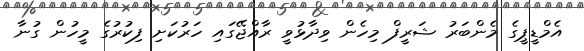
އެމްޑީޕީގެ މެންބަރު ޝަރީފް މިހެން ވިދާޅުވީ ރާއްޖޭގައި ހަރުކަށި ފިކުރުގެ މީހުން ގުނާ